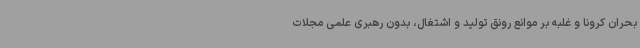
بحران کرونا و غلبه بر موانع رونق تولید و اشتغال، بدون رهبری علمی مجلات